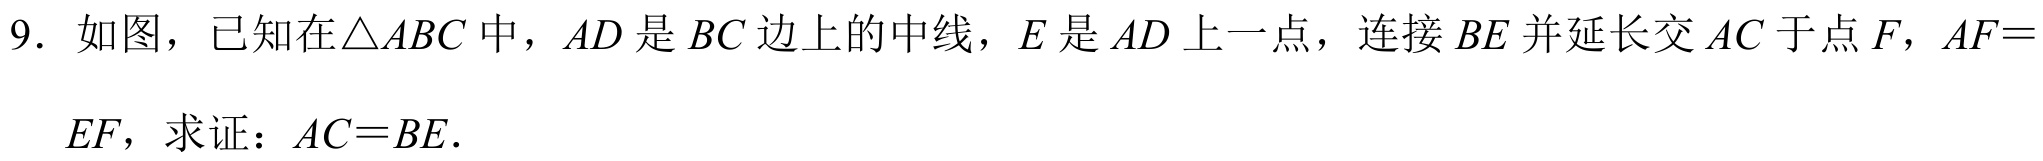
9. 如图，已知在\(\triangle ABC\)中，\(AD\)是\(BC\)边上的中线，\(E\)是\(AD\)上一点，连接\(BE\)并延长交\(AC\)于点\(F\)，\(AF = EF\)，求证：\(AC = BE\).